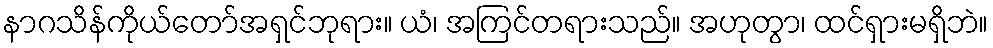
နာဂသိန်ကိုယ်တော်အရှင်ဘုရား။ ယံ၊ အကြင်တရားသည်။ အဟုတွာ၊ ထင်ရှားမရှိဘဲ။